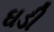
ઘડી